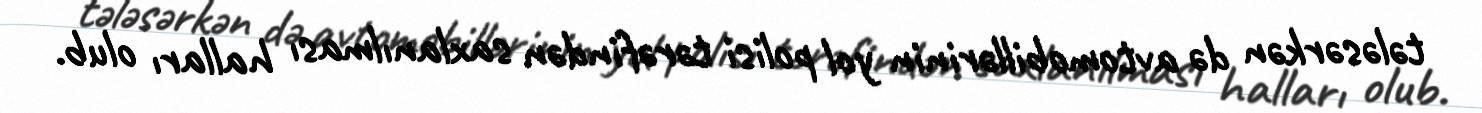
tələsərkən də avtomobillərinin yol polisi tərəfindən saxlanılması halları olub.